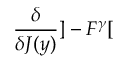
\frac { \delta } { \delta J ( y ) } ] - F ^ { \gamma } [